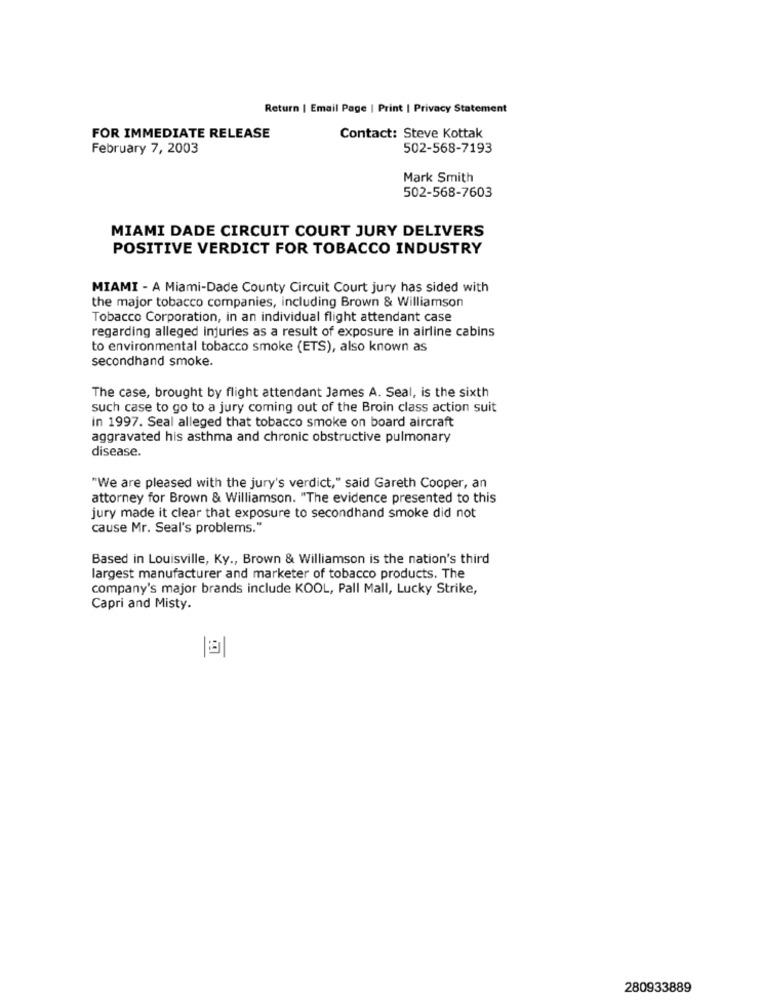
Return | Email Page | Print | Privacy Statement
FOR IMMEDIATE RELEASE
Contact: Steve Kottak
February 7, 2003
502-568-7193
Mark Smith
502-568-7603
MIAMI DADE CIRCUIT COURT JURY DELIVERS
POSITIVE VERDICT FOR TOBACCO INDUSTRY
MIAMI - A Miami-Dade County Circuit Court jury has sided with
the major tobacco companies, including Brown & Williamson
Tobacco Corporation, in an individual flight attendant case
regarding alleged injuries as a result of exposure in airline cabins
to environmental tobacco smoke (ETS), also known as
secondhand smoke.
The case, brought by flight attendant James A. Seal, is the sixth
such case to go to a jury coming out of the Broin class action suit
in 1997. Seal alleged that tobacco smoke on board aircraft
aggravated his asthma and chronic obstructive pulmonary
disease.
"We are pleased with the jury's verdict," said Gareth Cooper, an
attorney for Brown & Williamson. "The evidence presented to this
jury made it clear that exposure to secondhand smoke did not
cause Mr. Seal's problems."
Based in Louisville, Ky ., Brown & Williamson is the nation's third
largest manufacturer and marketer of tobacco products. The
company's major brands include KOOL, Pall Mall, Lucky Strike,
Capri and Misty.
280933889